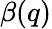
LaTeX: \beta(q)